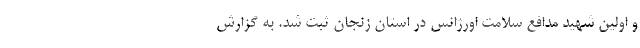
و اولین شهید مدافع سلامت اورژانس در استان زنجان ثبت شد. به گزارش